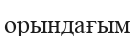
орындағым